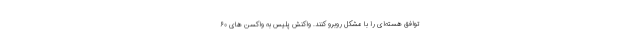
توافق هسته‌ای را با مشکل روبرو کنند. واکنش پلیس به واکسن ‌های ۶۰